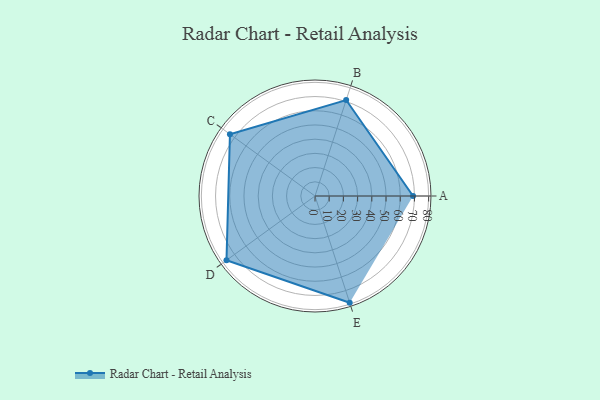
{"axis": {"x": "Skill", "y": "Score"}, "legend": ["Profile"], "data": [{"x": "A", "y": 69.0, "type": "Profile"}, {"x": "B", "y": 71.0, "type": "Profile"}, {"x": "C", "y": 74.0, "type": "Profile"}, {"x": "D", "y": 77.0, "type": "Profile"}, {"x": "E", "y": 79.0, "type": "Profile"}]}